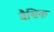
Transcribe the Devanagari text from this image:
वैश्विक